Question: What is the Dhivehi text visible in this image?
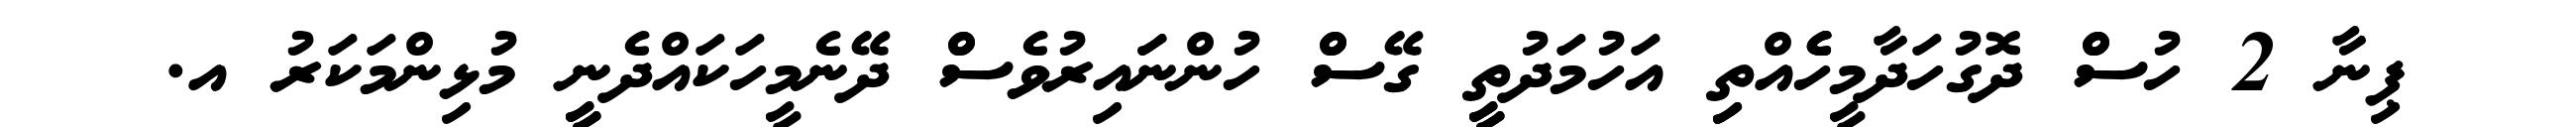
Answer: ޕިނާ 2 ހުސްް ދޮގުހަދާމީހެެެއްތިި އަހުމަދުތީީ ގޭސްް ހުންނަައިރުވެސްް ދޭނެމީހަކައްދެނީީ މުޅިންމަކަރު އ.